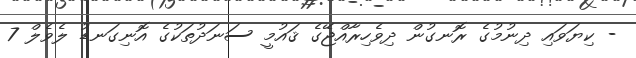
- ކިޔަވައި ދިނުމުގެ ރޮނގުން ދިވެހިރާއްޖޭގެ ޤައުމީ ސަނަދުތަކުގެ އޮނިގަނޑު ލެވެލް 7